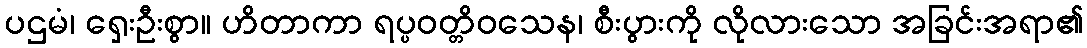
ပဌမံ၊ ရှေးဦးစွာ။ ဟိတာကာ ရပ္ပဝတ္တိဝသေန၊ စီးပွားကို လိုလားသော အခြင်းအရာ၏